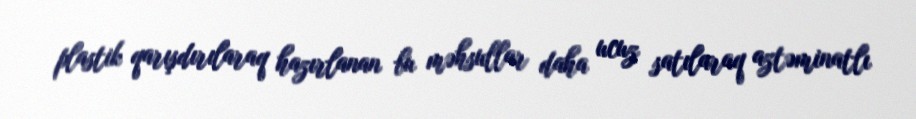
plastik qarışdırılaraq hazırlanan bu məhsullar daha ucuz satılaraq aztəminatlı